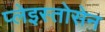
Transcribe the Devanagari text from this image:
प्लेइस्तोसेन